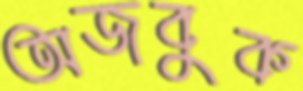
অজবুক